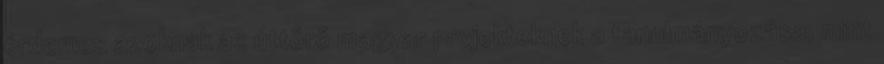
érdemes azoknak az úttörő magyar projekteknek a tanulmányozása, mint